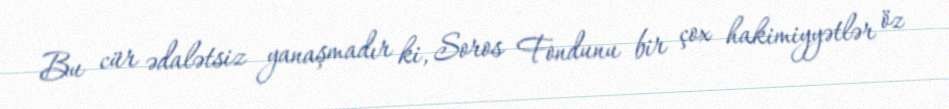
Bu cür ədalətsiz yanaşmadır ki, Soros Fondunu bir çox hakimiyyətlər öz